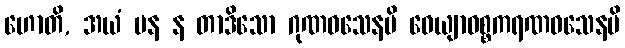
ဟောတိ, အယံ ပန န တာဒိသော ဂုဏဝသေနပိ ဝေယျာဝစ္စကရဏဝသေနပိ